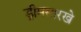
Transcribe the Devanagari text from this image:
ड्रीमसारखे